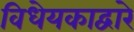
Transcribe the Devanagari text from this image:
विधेयकाद्वारे